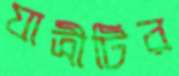
যাত্রীটির